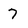
Character: 7